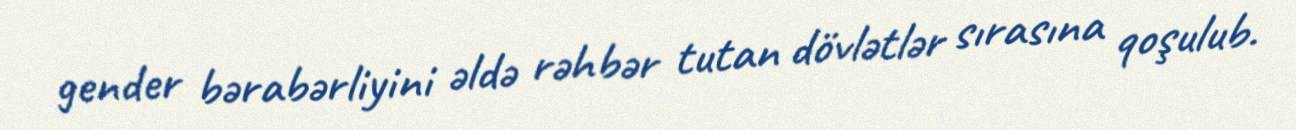
gender bərabərliyini əldə rəhbər tutan dövlətlər sırasına qoşulub.